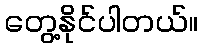
တွေ့နိုင်ပါတယ်။